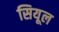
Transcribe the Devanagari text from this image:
सियूल